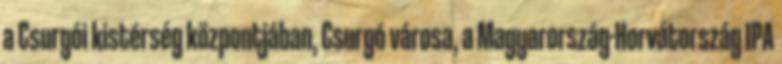
a Csurgói kistérség központjában, Csurgó városa, a Magyarország-Horvátország IPA